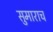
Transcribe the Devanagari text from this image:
सुमाराच